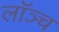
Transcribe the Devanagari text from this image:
लॉञ्च